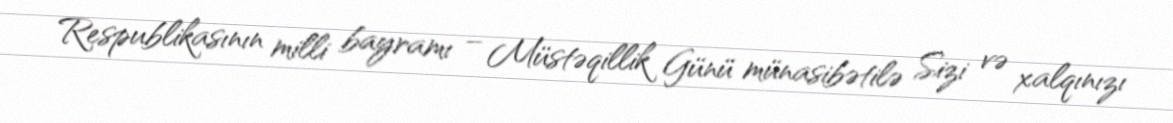
Respublikasının milli bayramı – Müstəqillik Günü münasibətilə Sizi və xalqınızı